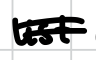
Text: list
Cross-out: double-line
Writing tool: digital_black